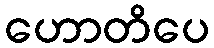
ဟောတိပေ